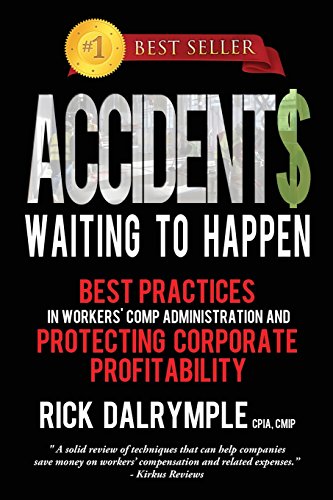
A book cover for Accidents Waiting to Happen: Best Practices in Workers' Comp Administration and Protecting Corporate Profitability; Rick Dalrymple; Business & Money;